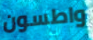
واطسون